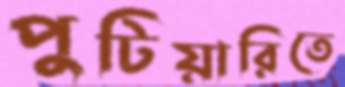
পুটিয়ারিতে